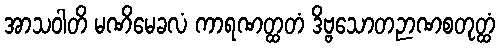
အာသဝါတိ မဏိမေခလံ ကာရဏတ္ထတံ ဒိဗ္ဗသောတဉာဏစတုတ္ထံ